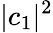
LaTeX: \lvert c_{1}\rvert^{2}